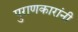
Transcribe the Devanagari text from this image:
पुराणकारांनी